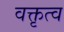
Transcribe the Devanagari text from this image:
वक्तृत्‍व